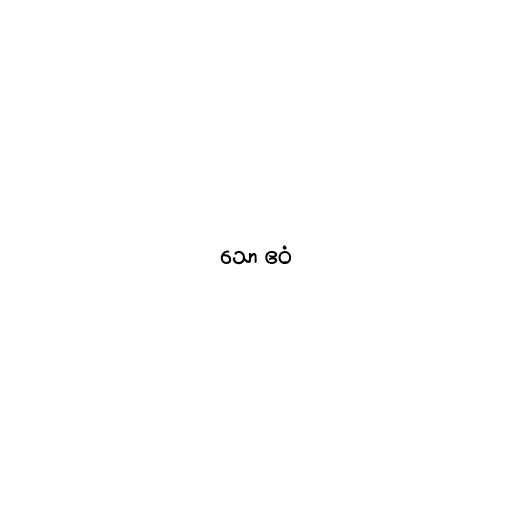
သော ဧဝံ